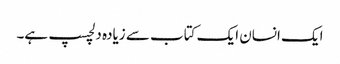
ایک انسان ایک کتاب سے زیادہ دلچسپ ہے۔